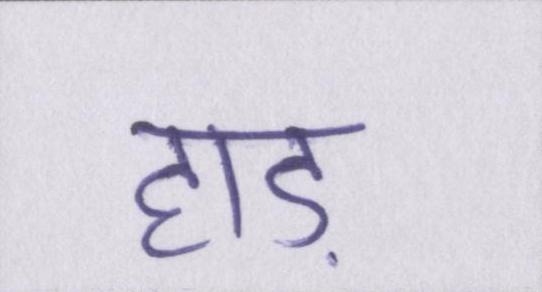
हाड़